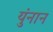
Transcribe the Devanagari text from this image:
युंनान